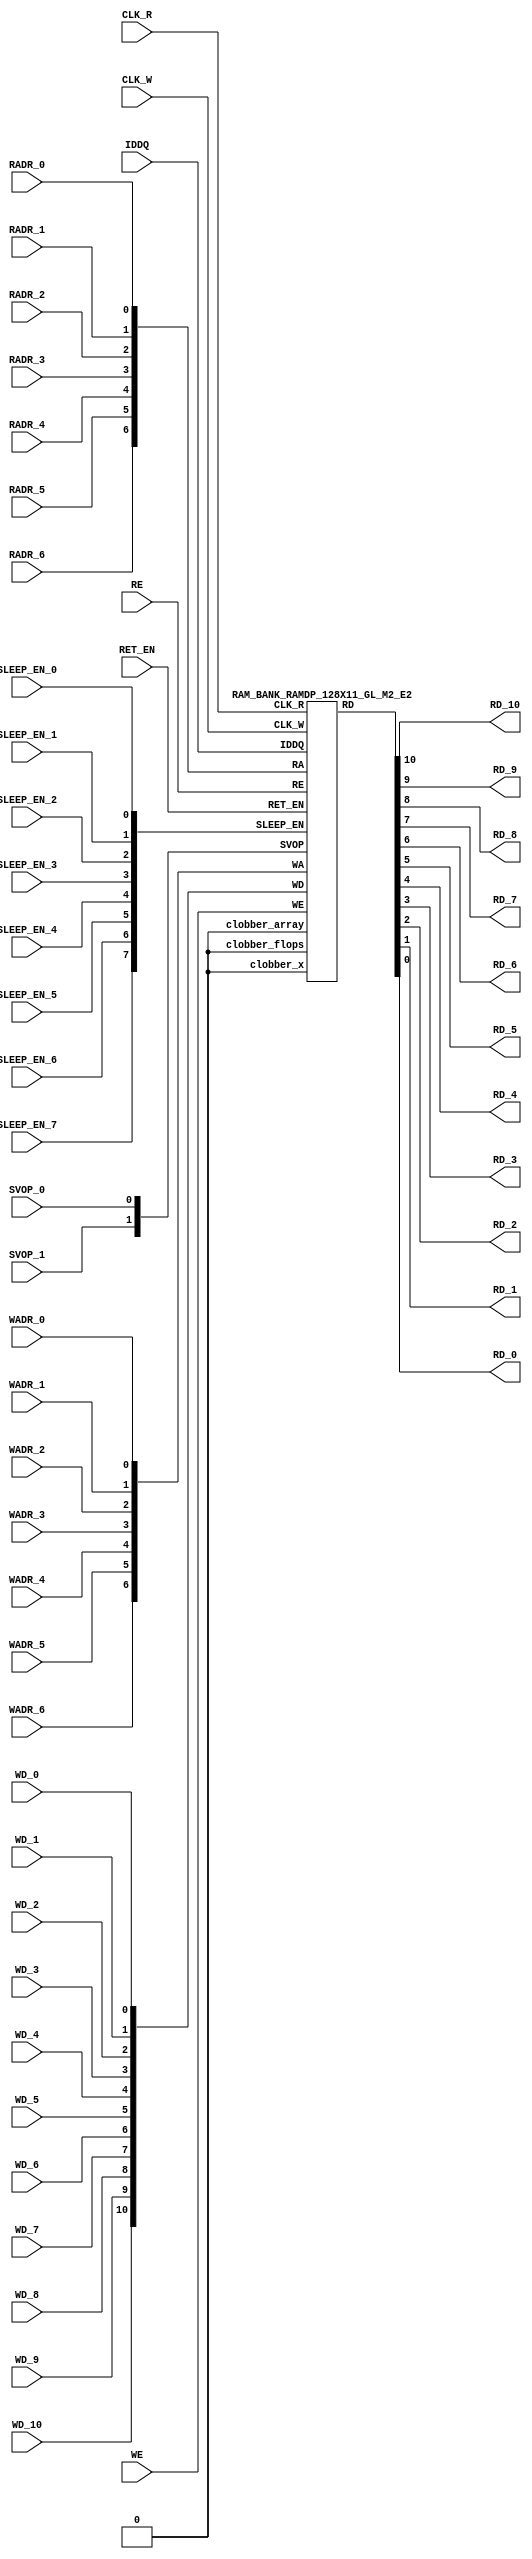
// ================================================================
// NVDLA Open Source Project
// 
// Copyright(c) 2016 - 2017 NVIDIA Corporation.  Licensed under the
// NVDLA Open Hardware License; Check "LICENSE" which comes with 
// this distribution for more information.
// ================================================================


`timescale 10ps/1ps
`celldefine
module RAMDP_128X11_GL_M2_E2 (CLK_R, CLK_W, RE, WE
	, RADR_6, RADR_5, RADR_4, RADR_3, RADR_2, RADR_1, RADR_0
    , WADR_6, WADR_5, WADR_4, WADR_3, WADR_2, WADR_1, WADR_0
	, WD_10, WD_9, WD_8, WD_7, WD_6, WD_5, WD_4, WD_3, WD_2, WD_1, WD_0
	, RD_10, RD_9, RD_8, RD_7, RD_6, RD_5, RD_4, RD_3, RD_2, RD_1, RD_0
    
    , IDDQ
	, SVOP_1, SVOP_0
    , SLEEP_EN_7, SLEEP_EN_6, SLEEP_EN_5, SLEEP_EN_4, SLEEP_EN_3, SLEEP_EN_2, SLEEP_EN_1, SLEEP_EN_0, RET_EN
    
);

// nvProps NoBus SLEEP_EN_

`ifndef RAM_INTERFACE
`ifndef EMULATION
`ifndef SYNTHESIS
// Physical ram size defined as localparam
localparam phy_rows = 64;
localparam phy_cols = 22;
localparam phy_rcols_pos = 22'b0;
`endif //ndef SYNTHESIS
`endif //EMULATION
`endif //ndef RAM_INTERFACE

input CLK_R, CLK_W, RE, WE
	, RADR_6, RADR_5, RADR_4, RADR_3, RADR_2, RADR_1, RADR_0
    , WADR_6, WADR_5, WADR_4, WADR_3, WADR_2, WADR_1, WADR_0
	, WD_10, WD_9, WD_8, WD_7, WD_6, WD_5, WD_4, WD_3, WD_2, WD_1, WD_0
    
    , SLEEP_EN_7, SLEEP_EN_6, SLEEP_EN_5, SLEEP_EN_4, SLEEP_EN_3, SLEEP_EN_2, SLEEP_EN_1, SLEEP_EN_0, RET_EN
    , IDDQ
    
	, SVOP_1, SVOP_0;
output RD_10, RD_9, RD_8, RD_7, RD_6, RD_5, RD_4, RD_3, RD_2, RD_1, RD_0;

	
`ifndef RAM_INTERFACE
	//assemble & rename wires
	wire [6:0] RA = {RADR_6, RADR_5, RADR_4, RADR_3, RADR_2, RADR_1, RADR_0};
	wire [6:0] WA = {WADR_6, WADR_5, WADR_4, WADR_3, WADR_2, WADR_1, WADR_0};
	wire [10:0] WD = {WD_10, WD_9, WD_8, WD_7, WD_6, WD_5, WD_4, WD_3, WD_2, WD_1, WD_0};

	wire [10:0] RD;
	assign {RD_10, RD_9, RD_8, RD_7, RD_6, RD_5, RD_4, RD_3, RD_2, RD_1, RD_0} = RD;
	wire [1:0] SVOP = {SVOP_1, SVOP_0};
    wire [7:0] SLEEP_EN = {SLEEP_EN_7, SLEEP_EN_6, SLEEP_EN_5, SLEEP_EN_4, SLEEP_EN_3, SLEEP_EN_2, SLEEP_EN_1, SLEEP_EN_0};
    

`ifndef EMULATION
`ifndef SYNTHESIS

    //State point clobering signals:
    wire check_x = (SVOP_0 ^ SVOP_1);
    wire clobber_x;
    assign clobber_x = ((check_x === 1'bx) || (check_x === 1'bz)) ? 1'b1 : 1'b0;
    wire clobber_array = ((|SLEEP_EN) & ~RET_EN) | clobber_x;
    wire clobber_flops = (|SLEEP_EN) | clobber_x;
    integer i;
    always  @(clobber_array) begin
      if (clobber_array) begin
    		for (i=0; i<128; i=i+1) begin
    		    ITOP.io.array[i] <= 11'bx;
    		end
      end
    end

//VCS coverage off     
    always  @(clobber_flops) begin
        if (clobber_flops) begin
        ITOP.we_lat <= 1'bx;
        ITOP.wa_lat <= 7'bx;
        ITOP.wd_lat <= 11'bx;
        
        ITOP.re_lat <= 1'bx;
        ITOP.ra_lat <= 7'bx;
        ITOP.io.r0_dout_tmp <= 11'b0;
        end
    end
//VCS coverage on    

//VCS coverage off
`ifdef NV_RAM_ASSERT
    //first reset signal for nv_assert_module:
    reg sim_reset;                                                     
    initial begin: init_sim_reset
        sim_reset = 0;  
        #6 sim_reset = 1;
    end

    reg rst_clk;                                                     
    initial begin: init_rst_clk
        rst_clk = 0; 
        #2 rst_clk = 1; 
        #4 rst_clk = 0;  
    end

    //internal weclk|reclk gating signal:
    wire weclk_gating = ITOP.we_lat & ~IDDQ;
    wire reclk_gating = ITOP.re_lat & ~IDDQ;

  //Assertion checks for power sequence of G-option RAMDP:

    //weclk_gating after 2 clk
    reg weclk_gating_1p, weclk_gating_2p;
    always @(posedge CLK_W) begin
        weclk_gating_1p <= weclk_gating;
        weclk_gating_2p <= weclk_gating_1p;
    end

    //reclk_gating after 2 clk
    reg reclk_gating_1p, reclk_gating_2p;
    always @(posedge CLK_R) begin
        reclk_gating_1p <= reclk_gating;
        reclk_gating_2p <= reclk_gating_1p;
    end
    
    //RET_EN off after 2 CLK_W
    reg ret_en_w_1p, ret_en_w_2p;
    always @(posedge CLK_W or posedge RET_EN) begin
        if(RET_EN) 
            begin
                ret_en_w_1p <= 1'b1;
                ret_en_w_2p <= 1'b1;
            end
        else
            begin
                ret_en_w_1p <= RET_EN;
                ret_en_w_2p <= ret_en_w_1p;
            end
    end

    //RET_EN off after 2 CLK_R
    reg ret_en_r_1p, ret_en_r_2p;
    always @(posedge CLK_R or posedge RET_EN) begin
        if(RET_EN) 
            begin
                ret_en_r_1p <= 1'b1;
                ret_en_r_2p <= 1'b1;
            end
        else
            begin
                ret_en_r_1p <= RET_EN;
                ret_en_r_2p <= ret_en_r_1p;
            end
    end

    wire sleep_en_or = (|SLEEP_EN) ;
    //SLEEP_EN off after 2 CLK_W
    reg sleep_en_off_w_1p, sleep_en_off_w_2p;
    always @(posedge CLK_W or posedge sleep_en_or) begin
        if(sleep_en_or)
            begin
                sleep_en_off_w_1p <= 1'b1;
                sleep_en_off_w_2p <= 1'b1;
            end
        else
            begin
                sleep_en_off_w_1p <= sleep_en_or;
                sleep_en_off_w_2p <= sleep_en_off_w_1p;
            end            
    end

    //SLEEP_EN off after 2 CLK_R
    reg sleep_en_off_r_1p, sleep_en_off_r_2p;
    always @(posedge CLK_R or posedge sleep_en_or) begin
        if(sleep_en_or)
            begin
                sleep_en_off_r_1p <= 1'b1;
                sleep_en_off_r_2p <= 1'b1;
            end
        else
            begin
                sleep_en_off_r_1p <= |sleep_en_or;
                sleep_en_off_r_2p <= sleep_en_off_r_1p;
            end            
    end    


  //#1 From function mode to retention mode:
    
    //Power-S1.1:illegal assert RET_EN after asserting SLEEP_EN 
    wire disable_power_assertion_S1P1 = $test$plusargs("disable_power_assertions_globally") | $test$plusargs("disable_power_assertion_assert_RET_EN_after_SLEEP_EN_on_when_function2retention");
    nv_assert_never #(0,0, "Power-S1.1:illegal assert RET_EN after asserting SLEEP_EN") inst_S1P1 (RET_EN ^ rst_clk, ~disable_power_assertion_S1P1 & sim_reset, (|SLEEP_EN));

    //Power-S1.2:illegal assert RET_EN without 2 nop-CLK
    wire disable_power_assertion_S1P2 = $test$plusargs("disable_power_assertions_globally") | $test$plusargs("disable_power_assertion_assert_RET_EN_without_2_nop_CLK");
    nv_assert_never #(0,0, "Power-S1.2:illegal assert RET_EN without 2 nop-CLK") inst_S1P2 (RET_EN ^ rst_clk, ~disable_power_assertion_S1P2 & sim_reset, weclk_gating | weclk_gating_1p | weclk_gating_2p | reclk_gating | reclk_gating_1p | reclk_gating_2p);

  //#2 From retention mode to function mode:

    //Power-S2.1:illegal write without 2 nop-CLK after de-asserting RET_EN
    wire disable_power_assertion_S2P1 = $test$plusargs("disable_power_assertions_globally") | $test$plusargs("disable_power_assertion_write_without_2_nop_CLK_after_retention2function");
    nv_assert_never #(0,0, "Power-S2.1:illegal write without 2 nop-CLK after de-asserting RET_EN") inst_S2P1 (CLK_W ^ rst_clk, ~disable_power_assertion_S2P1 & sim_reset, ~RET_EN & ret_en_w_2p & weclk_gating);

    //Power-S2.2:illegal read without 2 nop-CLK after de-asserting RET_EN
    wire disable_power_assertion_S2P2 = $test$plusargs("disable_power_assertions_globally") | $test$plusargs("disable_power_assertion_read_without_2_nop_CLK_after_retention2function");
    nv_assert_never #(0,0, "Power-S2.2:illegal read without 2 nop-CLK after de-asserting RET_EN") inst_S2P2 (CLK_R ^ rst_clk, ~disable_power_assertion_S2P2 & sim_reset, ~RET_EN & ret_en_r_2p & reclk_gating);

  //#3 From function mode to sleep mode:

    //Power-S3.2:illegal assert SLEEP_EN without 2 nop-CLK
    wire disable_power_assertion_S3P2 = $test$plusargs("disable_power_assertions_globally") | $test$plusargs("disable_power_assertion_assert_SLEEP_EN_without_2_nop_CLK");
    nv_assert_never #(0,0, "Power-S3.2:illegal assert SLEEP_EN without 2 nop-CLK") inst_S3P2 ((|SLEEP_EN) ^ rst_clk, ~disable_power_assertion_S3P2 & sim_reset, weclk_gating | weclk_gating_1p | weclk_gating_2p | reclk_gating | reclk_gating_1p | reclk_gating_2p);

  //#4 From sleep mode to function mode:

    //Power-S4.1:illegal write without 2 nop-CLK after switching from sleep mode to function mode
    wire disable_power_assertion_S4P1 = $test$plusargs("disable_power_assertions_globally") | $test$plusargs("disable_power_assertion_write_without_2_nop_CLK_after_sleep2function");
    nv_assert_never #(0,0, "Power-S4.1:illegal write without 2 nop-CLK after switching from sleep mode to function mode") inst_S4P1 (CLK_W ^ rst_clk, ~disable_power_assertion_S4P1 & sim_reset, ~(|SLEEP_EN) & sleep_en_off_w_2p & weclk_gating);
   
    //Power-S4.2:illegal read without 2 nop-CLK after switching from sleep mode to function mode
    wire disable_power_assertion_S4P2 = $test$plusargs("disable_power_assertions_globally") | $test$plusargs("disable_power_assertion_read_without_2_nop_after_sleep2function");
    nv_assert_never #(0,0, "Power-S4.2:illegal read without 2 nop-CLK after switching from sleep mode to function mode") inst_S4P2 (CLK_R ^ rst_clk, ~disable_power_assertion_S4P2 & sim_reset, ~(|SLEEP_EN) & sleep_en_off_r_2p & reclk_gating);
`endif //NV_RAM_ASSERT
//VCS coverage on 

`ifdef NV_RAM_EXPAND_ARRAY
  wire [11-1:0] Q_127 = ITOP.io.array[127];
  wire [11-1:0] Q_126 = ITOP.io.array[126];
  wire [11-1:0] Q_125 = ITOP.io.array[125];
  wire [11-1:0] Q_124 = ITOP.io.array[124];
  wire [11-1:0] Q_123 = ITOP.io.array[123];
  wire [11-1:0] Q_122 = ITOP.io.array[122];
  wire [11-1:0] Q_121 = ITOP.io.array[121];
  wire [11-1:0] Q_120 = ITOP.io.array[120];
  wire [11-1:0] Q_119 = ITOP.io.array[119];
  wire [11-1:0] Q_118 = ITOP.io.array[118];
  wire [11-1:0] Q_117 = ITOP.io.array[117];
  wire [11-1:0] Q_116 = ITOP.io.array[116];
  wire [11-1:0] Q_115 = ITOP.io.array[115];
  wire [11-1:0] Q_114 = ITOP.io.array[114];
  wire [11-1:0] Q_113 = ITOP.io.array[113];
  wire [11-1:0] Q_112 = ITOP.io.array[112];
  wire [11-1:0] Q_111 = ITOP.io.array[111];
  wire [11-1:0] Q_110 = ITOP.io.array[110];
  wire [11-1:0] Q_109 = ITOP.io.array[109];
  wire [11-1:0] Q_108 = ITOP.io.array[108];
  wire [11-1:0] Q_107 = ITOP.io.array[107];
  wire [11-1:0] Q_106 = ITOP.io.array[106];
  wire [11-1:0] Q_105 = ITOP.io.array[105];
  wire [11-1:0] Q_104 = ITOP.io.array[104];
  wire [11-1:0] Q_103 = ITOP.io.array[103];
  wire [11-1:0] Q_102 = ITOP.io.array[102];
  wire [11-1:0] Q_101 = ITOP.io.array[101];
  wire [11-1:0] Q_100 = ITOP.io.array[100];
  wire [11-1:0] Q_99 = ITOP.io.array[99];
  wire [11-1:0] Q_98 = ITOP.io.array[98];
  wire [11-1:0] Q_97 = ITOP.io.array[97];
  wire [11-1:0] Q_96 = ITOP.io.array[96];
  wire [11-1:0] Q_95 = ITOP.io.array[95];
  wire [11-1:0] Q_94 = ITOP.io.array[94];
  wire [11-1:0] Q_93 = ITOP.io.array[93];
  wire [11-1:0] Q_92 = ITOP.io.array[92];
  wire [11-1:0] Q_91 = ITOP.io.array[91];
  wire [11-1:0] Q_90 = ITOP.io.array[90];
  wire [11-1:0] Q_89 = ITOP.io.array[89];
  wire [11-1:0] Q_88 = ITOP.io.array[88];
  wire [11-1:0] Q_87 = ITOP.io.array[87];
  wire [11-1:0] Q_86 = ITOP.io.array[86];
  wire [11-1:0] Q_85 = ITOP.io.array[85];
  wire [11-1:0] Q_84 = ITOP.io.array[84];
  wire [11-1:0] Q_83 = ITOP.io.array[83];
  wire [11-1:0] Q_82 = ITOP.io.array[82];
  wire [11-1:0] Q_81 = ITOP.io.array[81];
  wire [11-1:0] Q_80 = ITOP.io.array[80];
  wire [11-1:0] Q_79 = ITOP.io.array[79];
  wire [11-1:0] Q_78 = ITOP.io.array[78];
  wire [11-1:0] Q_77 = ITOP.io.array[77];
  wire [11-1:0] Q_76 = ITOP.io.array[76];
  wire [11-1:0] Q_75 = ITOP.io.array[75];
  wire [11-1:0] Q_74 = ITOP.io.array[74];
  wire [11-1:0] Q_73 = ITOP.io.array[73];
  wire [11-1:0] Q_72 = ITOP.io.array[72];
  wire [11-1:0] Q_71 = ITOP.io.array[71];
  wire [11-1:0] Q_70 = ITOP.io.array[70];
  wire [11-1:0] Q_69 = ITOP.io.array[69];
  wire [11-1:0] Q_68 = ITOP.io.array[68];
  wire [11-1:0] Q_67 = ITOP.io.array[67];
  wire [11-1:0] Q_66 = ITOP.io.array[66];
  wire [11-1:0] Q_65 = ITOP.io.array[65];
  wire [11-1:0] Q_64 = ITOP.io.array[64];
  wire [11-1:0] Q_63 = ITOP.io.array[63];
  wire [11-1:0] Q_62 = ITOP.io.array[62];
  wire [11-1:0] Q_61 = ITOP.io.array[61];
  wire [11-1:0] Q_60 = ITOP.io.array[60];
  wire [11-1:0] Q_59 = ITOP.io.array[59];
  wire [11-1:0] Q_58 = ITOP.io.array[58];
  wire [11-1:0] Q_57 = ITOP.io.array[57];
  wire [11-1:0] Q_56 = ITOP.io.array[56];
  wire [11-1:0] Q_55 = ITOP.io.array[55];
  wire [11-1:0] Q_54 = ITOP.io.array[54];
  wire [11-1:0] Q_53 = ITOP.io.array[53];
  wire [11-1:0] Q_52 = ITOP.io.array[52];
  wire [11-1:0] Q_51 = ITOP.io.array[51];
  wire [11-1:0] Q_50 = ITOP.io.array[50];
  wire [11-1:0] Q_49 = ITOP.io.array[49];
  wire [11-1:0] Q_48 = ITOP.io.array[48];
  wire [11-1:0] Q_47 = ITOP.io.array[47];
  wire [11-1:0] Q_46 = ITOP.io.array[46];
  wire [11-1:0] Q_45 = ITOP.io.array[45];
  wire [11-1:0] Q_44 = ITOP.io.array[44];
  wire [11-1:0] Q_43 = ITOP.io.array[43];
  wire [11-1:0] Q_42 = ITOP.io.array[42];
  wire [11-1:0] Q_41 = ITOP.io.array[41];
  wire [11-1:0] Q_40 = ITOP.io.array[40];
  wire [11-1:0] Q_39 = ITOP.io.array[39];
  wire [11-1:0] Q_38 = ITOP.io.array[38];
  wire [11-1:0] Q_37 = ITOP.io.array[37];
  wire [11-1:0] Q_36 = ITOP.io.array[36];
  wire [11-1:0] Q_35 = ITOP.io.array[35];
  wire [11-1:0] Q_34 = ITOP.io.array[34];
  wire [11-1:0] Q_33 = ITOP.io.array[33];
  wire [11-1:0] Q_32 = ITOP.io.array[32];
  wire [11-1:0] Q_31 = ITOP.io.array[31];
  wire [11-1:0] Q_30 = ITOP.io.array[30];
  wire [11-1:0] Q_29 = ITOP.io.array[29];
  wire [11-1:0] Q_28 = ITOP.io.array[28];
  wire [11-1:0] Q_27 = ITOP.io.array[27];
  wire [11-1:0] Q_26 = ITOP.io.array[26];
  wire [11-1:0] Q_25 = ITOP.io.array[25];
  wire [11-1:0] Q_24 = ITOP.io.array[24];
  wire [11-1:0] Q_23 = ITOP.io.array[23];
  wire [11-1:0] Q_22 = ITOP.io.array[22];
  wire [11-1:0] Q_21 = ITOP.io.array[21];
  wire [11-1:0] Q_20 = ITOP.io.array[20];
  wire [11-1:0] Q_19 = ITOP.io.array[19];
  wire [11-1:0] Q_18 = ITOP.io.array[18];
  wire [11-1:0] Q_17 = ITOP.io.array[17];
  wire [11-1:0] Q_16 = ITOP.io.array[16];
  wire [11-1:0] Q_15 = ITOP.io.array[15];
  wire [11-1:0] Q_14 = ITOP.io.array[14];
  wire [11-1:0] Q_13 = ITOP.io.array[13];
  wire [11-1:0] Q_12 = ITOP.io.array[12];
  wire [11-1:0] Q_11 = ITOP.io.array[11];
  wire [11-1:0] Q_10 = ITOP.io.array[10];
  wire [11-1:0] Q_9 = ITOP.io.array[9];
  wire [11-1:0] Q_8 = ITOP.io.array[8];
  wire [11-1:0] Q_7 = ITOP.io.array[7];
  wire [11-1:0] Q_6 = ITOP.io.array[6];
  wire [11-1:0] Q_5 = ITOP.io.array[5];
  wire [11-1:0] Q_4 = ITOP.io.array[4];
  wire [11-1:0] Q_3 = ITOP.io.array[3];
  wire [11-1:0] Q_2 = ITOP.io.array[2];
  wire [11-1:0] Q_1 = ITOP.io.array[1];
  wire [11-1:0] Q_0 = ITOP.io.array[0];

`endif //def NV_RAM_EXPAND_ARRAY

//VCS coverage off
`ifdef MONITOR
task monitor_on;
    begin
        ITOP.io.monitor_on = 1'b1;
    end
endtask

task monitor_off;
    begin
        ITOP.io.monitor_on = 1'b0;
        ITOP.io.dump_monitor_result = 1'b1;
    end
endtask
`endif//def MONITOR
//VCS coverage on

//VCS coverage off
task mem_fill_value;
input fill_bit;
integer i;
begin
    for (i=0; i<128; i=i+1) begin
    	ITOP.io.array[i] = {11{fill_bit}};
    end
end
endtask 

task mem_fill_random; 
integer i;
integer j;
reg [10:0] val;
begin
    for (j=0; j<128; j=j+1) begin
        for (i=0; i<11; i=i+1) begin
            val[i] = {$random}; 
        end
	    ITOP.io.array[j] = val;
    end
end
endtask

task mem_write;
  input [6:0] addr;
  input [10:0] data;
  begin
     ITOP.io.mem_wr_raw(addr,data);
  end
endtask

function [10:0] mem_read;
  input [6:0] addr;
  begin
	mem_read = ITOP.io.mem_read_raw(addr);
  end
endfunction

task force_rd;
  input [6:0] addr;
  begin
	ITOP.io.r0_dout_tmp = ITOP.io.array[addr];
  end
endtask

`ifdef MEM_PHYS_INFO
task mem_phys_write;
  input [6-1:0] addr;
  input [21:0] data;
  reg [10:0] wd0, wd1;
  integer i;
  begin
  	for (i=0; i<11; i=i+1) begin
  		wd0[i] = data[i*2];
  		wd1[i] = data[i*2+1];
  	end
  	ITOP.io.mem_wr_raw({addr[6-1:0], 1'b0}, wd0);
  	ITOP.io.mem_wr_raw({addr[6-1:0], 1'b1}, wd1);
  end
endtask

function [21:0] mem_phys_read_padr;
   input [6-1:0] addr;
   reg [21:0] data;
   reg [10:0] rd0, rd1;
   integer i;
   begin
     rd0 = ITOP.io.mem_read_raw({addr[6-1:0], 1'b0});
     rd1 = ITOP.io.mem_read_raw({addr[6-1:0], 1'b1});
     for (i=0; i<=10; i=i+1) begin
	    data[i*2]   = rd0[i];
	    data[i*2+1] = rd1[i];
    end
    mem_phys_read_padr = data;
  end
endfunction

function [6-1:0] mem_log_to_phys_adr;
    input [6:0] addr;
    begin
    mem_log_to_phys_adr = addr[6:1];
    end
endfunction

function [21:0] mem_phys_read_pmasked;
   input [6:0] addr;
   reg [21:0] data;
   reg [10:0] rd0, rd1;
   integer i;
   begin
      case (addr[0])
           1'b0: begin
                     rd0 = ITOP.io.mem_read_raw(addr);
                     rd1 = 11'bx;
                  end
           1'b1: begin
                     rd0 = 11'bx;
                     rd1 = ITOP.io.mem_read_raw(addr);
                  end

      endcase
      for (i=0; i<=10; i=i+1) begin
	      data[i*2]   = rd0[i];
	      data[i*2+1] = rd1[i];
      end
      mem_phys_read_pmasked = data;
  end
endfunction

function [21:0] mem_phys_read_ladr;
  input [6:0] addr;
  begin
	mem_phys_read_ladr = mem_phys_read_padr(mem_log_to_phys_adr(addr));
  end
endfunction
`endif //def MEM_PHYS_INFO

`ifdef FAULT_INJECTION
task mem_fault_no_write;
  input [10:0] fault_mask;
   begin
    ITOP.io.mem_fault_no_write(fault_mask);
  end
endtask

task mem_fault_stuck_0;
  input [10:0] fault_mask;
  integer i;
   begin
    ITOP.io.mem_fault_stuck_0(fault_mask);
   end
endtask

task mem_fault_stuck_1;
  input [10:0] fault_mask;
  integer i;
   begin
    ITOP.io.mem_fault_stuck_1(fault_mask);
  end
endtask

task set_bit_fault_stuck_0;
  input r;
  input c;
  integer r;
  integer c;
    ITOP.io.set_bit_fault_stuck_0(r,c);
endtask

task set_bit_fault_stuck_1;
  input r;
  input c;
  integer r;
  integer c;
    ITOP.io.set_bit_fault_stuck_1(r,c);
endtask

task clear_bit_fault_stuck_0;
  input r;
  input c;
  integer r;
  integer c;
    ITOP.io.clear_bit_fault_stuck_0(r,c);
endtask

task clear_bit_fault_stuck_1;
  input r;
  input c;
  integer r;
  integer c;
    ITOP.io.clear_bit_fault_stuck_1(r,c);
endtask
//VCS coverage on

`endif //def FAULT_INJECTION
`else //def SYNTHESIS
    
    wire clobber_x;
    assign clobber_x = 1'b0;
    wire clobber_array = 1'b0;
    wire clobber_flops = 1'b0;

`endif //ndef SYNTHESIS

	//instantiate memory bank
	RAM_BANK_RAMDP_128X11_GL_M2_E2 ITOP (
		.RE(RE), 
		.WE(WE), 
		.RA(RA),  
		.WA(WA), 
		.CLK_R(CLK_R), 
		.CLK_W(CLK_W), 
		.IDDQ(IDDQ), 
		.SVOP(SVOP), 
		.WD(WD), 
		.RD(RD),
		
		.SLEEP_EN(SLEEP_EN),
        .RET_EN(RET_EN),
        .clobber_flops(clobber_flops), 
        .clobber_array(clobber_array),
        .clobber_x(clobber_x)     	
	);

//VCS coverage off
`else //def EMULATION
    // Simple emulation model without MBIST, SCAN or REDUNDANCY
    	//common part for write
    	reg we_ff;
        reg [6:0] wa_ff;
        reg [10:0] wd_ff; 
    	always @(posedge CLK_W) begin // spyglass disable W391
                we_ff  <= WE;
                wa_ff <= WA;
                wd_ff <= WD;
    	end
    	   
        

    	//common part for read
    	reg re_lat;
        always @(*) begin
    		if (!CLK_R) begin
                re_lat  <= RE; // spyglass disable W18
    		end
    	end
    	
    	wire reclk = CLK_R & re_lat;
    
    	reg [6:0] ra_ff;
    	always @(posedge CLK_R) begin // spyglass disable W391
    			ra_ff <= RA;
    	end

        reg [10:0] dout; 

        assign RD = dout;
    
 	    //memory array       
	    reg [10:0] array[0:127]; 
	    always @(negedge CLK_W ) begin
            if (we_ff) begin
	    		array[wa_ff] <= wd_ff; // spyglass disable SYNTH_5130
            end
	    end
	    always @(*) begin
	    	if (reclk) begin
	    		dout <= array[ra_ff]; // spyglass disable SYNTH_5130, W18
	    	end
	    end
    // End of the simple emulation model
`endif //def EMULATION
//VCS coverage on

`endif //ndef RAM_INTERFACE
endmodule
`endcelldefine






/////////////////////////////////////////////////////////////////////////////////////////////////////////////////////////////////
/////////////////////////////// memory bank block : defines internal logic of the RAMDP /////////////////////////////////////////
/////////////////////////////////////////////////////////////////////////////////////////////////////////////////////////////////

`ifndef RAM_INTERFACE
`ifndef EMULATION
module RAM_BANK_RAMDP_128X11_GL_M2_E2 (RE, WE, RA, WA, CLK_R, CLK_W, IDDQ, SVOP, WD, RD, SLEEP_EN, RET_EN, clobber_flops, clobber_array, clobber_x
);


input RET_EN;
input RE, WE, CLK_R, CLK_W, IDDQ;
input [6:0] RA, WA;
input [10:0] WD;
input [1:0] SVOP;
input [7:0] SLEEP_EN;
input clobber_flops, clobber_array, clobber_x;
output [10:0] RD;

//State point clobering signals:

    wire output_valid = ~(clobber_x | (|SLEEP_EN));
    wire clamp_o = SLEEP_EN[7] | RET_EN;

	//common part for write
    wire clk_w_iddq = CLK_W & ~IDDQ & ~clamp_o;
	reg we_lat;
	always @(*) begin
		if (!clk_w_iddq & !clobber_flops) begin
			we_lat  <=  WE; // spyglass disable W18, IntClock
		end
	end

    // weclk with posedge 1 dly | negedge 2 dly	
    wire weclk, weclk_d0, weclk_d1, weclk_d2;
    assign weclk_d0 = clk_w_iddq & we_lat & ~clobber_flops & ~clobber_array;
    assign #1 weclk_d1 = weclk_d0;
    assign #1 weclk_d2 = weclk_d1;
    assign weclk = weclk_d1 | weclk_d2; // spyglass disable GatedClock

    // wadclk with posedge 0 dly | negedge 3 dly	
    wire wadclk, wadclk_d0, wadclk_d1, wadclk_d2, wadclk_d3;
    assign wadclk_d0 = clk_w_iddq & we_lat;
    assign #1 wadclk_d1 = wadclk_d0;
    assign #1 wadclk_d2 = wadclk_d1;
    assign #1 wadclk_d3 = wadclk_d2;
    assign wadclk = wadclk_d0 | wadclk_d1 | wadclk_d2 | wadclk_d3;  

    // wdclk with posedge 0 dly | negedge 3 dly
    wire wdclk, wdclk_d0, wdclk_d1, wdclk_d2, wdclk_d3;
    assign wdclk_d0 = clk_w_iddq & we_lat;
    assign #1 wdclk_d1 = wdclk_d0;
    assign #1 wdclk_d2 = wdclk_d1;
    assign #1 wdclk_d3 = wdclk_d2;
    assign wdclk = wdclk_d0 | wdclk_d1 | wdclk_d2 | wdclk_d3;  

    reg [6:0] wa_lat;
	always @(*) begin
		if (!wadclk & !clobber_flops) begin
			wa_lat  <=  WA; // spyglass disable W18, IntClock
		end
	end

	reg [10:0] wd_lat;
	always @(*) begin
		if (!wdclk & !clobber_flops) begin
			wd_lat  <= WD; // spyglass disable W18, IntClock
		end
	end

	//common part for read
	reg re_lat;
	always @(*) begin
		if (!CLK_R & !clobber_flops) begin
			re_lat <=  RE; // spyglass disable W18, IntClock
		end
	end

    // reclk with posedge 1 dly | negedge 0 dly
    wire reclk, reclk_d0, reclk_d1;
    assign reclk_d0 = CLK_R & ~IDDQ & re_lat & ~clamp_o;
    assign #1 reclk_d1 = reclk_d0;
    assign reclk = reclk_d0 & reclk_d1; // spyglass disable GatedClock

    // radclk with posedge 0 dly | negedge 1 dly
    wire radclk, radclk_d0, radclk_d1;
    assign radclk_d0 = CLK_R & ~IDDQ & re_lat & ~clamp_o;
    assign #1 radclk_d1 = radclk_d0;
    assign radclk = radclk_d0 | radclk_d1;  

	reg [6:0] ra_lat;
	always @(*) begin
		if (!radclk & !clobber_flops) begin
			ra_lat <=  RA; // spyglass disable W18, IntClock
		end
	end
	
	wire [10:0] dout;
	assign RD = clamp_o ? 11'b0 : (output_valid ? dout : 11'bx); //spyglass disable STARC-2.10.1.6


	//for E-option RAM


	vram_RAMDP_128X11_GL_M2_E2 # (128, 11, 7) io (
		.w0_addr(wa_lat),
		.w0_clk(weclk),
		.w0_bwe({11{1'b1}}),
		.w0_din(wd_lat),
		.r0_addr(ra_lat),
		.r0_clk(reclk),
		.r0_dout(dout),
        .clamp_o(clamp_o)
	);

endmodule
`endif //ndef EMULATION
`endif //ndef RAM_INTERFACE








/////////////////////////////////////////////////////////////////////////////////////////////////////////////////////////////////
///////////////////////////////  ram primitive : defines 2D behavioral memory array of the RAMDP ////////////////////////////////
/////////////////////////////////////////////////////////////////////////////////////////////////////////////////////////////////

`ifndef RAM_INTERFACE
`ifndef EMULATION
module vram_RAMDP_128X11_GL_M2_E2 (
	w0_addr,
	w0_clk,
	w0_bwe,
	w0_din,
	r0_addr,
	r0_clk,
	r0_dout,
    clamp_o
);

parameter words = 128;
parameter bits = 11;
parameter addrs = 7;


input [addrs-1:0] w0_addr;
input w0_clk;
input [bits-1:0] w0_din;
input [bits-1:0] w0_bwe;
input [addrs-1:0] r0_addr;
input r0_clk;
input clamp_o;
output [bits-1:0] r0_dout;

integer a;

`ifndef SYNTHESIS
`ifdef FAULT_INJECTION
	// regs for inducing faults
	reg [bits-1:0] fault_no_write; // block writes to this column
	reg [bits-1:0] fault_stuck_0;  // column always reads as 0
	reg [bits-1:0] fault_stuck_1;  // column always reads as 1
	reg [bits-1:0] bit_fault_stuck_0[0:words-1];  // column always reads as 0
	reg [bits-1:0] bit_fault_stuck_1[0:words-1];  // column always reads as 1
	
	initial begin : init_bit_fault_stuck
	  integer i;
	  integer j;
	  fault_no_write = {bits{1'b0}};
	  fault_stuck_0  = {bits{1'b0}};
	  fault_stuck_1  = {bits{1'b0}};
	  for (i=0; i<=words; i=i+1) begin
	      bit_fault_stuck_0[i] = {bits{1'b0}};
	      bit_fault_stuck_1[i] = {bits{1'b0}};
	  end
	end
`endif //def FAULT_INJECTION

`ifdef MONITOR
//VCS coverage off
// monitor variables
reg monitor_on;
reg dump_monitor_result;
// this monitors coverage including redundancy cols
// 1'bx = not accessed
// 1'b0 = accessed as a 0
// 1'b1 = accessed as a 1
// 1'bz = accessed as both 0 and 1
reg [bits-1:0] bit_written[0:words-1];
reg [bits-1:0] bit_read[0:words-1];

initial begin : init_monitor
  monitor_on = 1'b0; 
  dump_monitor_result = 1'b0;
  for(a=0;a<words;a=a+1) begin
      bit_written[a] = {bits{1'bx}};
      bit_read[a] = {bits{1'bx}};
  end
end

always @(dump_monitor_result) begin : dump_monitor
    integer r;
	integer c;
    integer b;
	reg [22-1:0] tmp_row;
    	if (dump_monitor_result == 1'b1) begin
		    $display("Exercised coverage summary:");
		    $display("\t%m bits not written as 0:");
		    for (r=0; r<64; r=r+1) begin
		        for (b=0; b<bits; b=b+1) begin
                        tmp_row[b*2+0] = bit_written[r*2+0][b];
                        tmp_row[b*2+1] = bit_written[r*2+1][b];
                    end
		    	for (c=0; c<22; c=c+1) begin
		    		if (tmp_row[c] !== 1'b0 && tmp_row[c] !== 1'bz) $display("\t\t[row,col] [%d,%d]", r, c);
		    	end
		    end
            $display("\t%m bits not written as 1:");
		    for (r=0; r<64; r=r+1) begin
		        for (b=0; b<bits; b=b+1) begin
                        tmp_row[b*2+0] = bit_written[r*2+0][b];
                        tmp_row[b*2+1] = bit_written[r*2+1][b];
                    end
		    	for (c=0; c<22; c=c+1) begin
		    		if (tmp_row[c] !== 1'b1 && tmp_row[c] !== 1'bz) $display("\t\t[row,col] [%d,%d]", r, c);
		    	end
		    end
		    $display("\t%m bits not read as 0:");
		    for (r=0; r<64; r=r+1) begin
		        for (b=0; b<bits; b=b+1) begin
                        tmp_row[b*2+0] = bit_read[r*2+0][b];
                        tmp_row[b*2+1] = bit_read[r*2+1][b];
                    end
		    	for (c=0; c<22; c=c+1) begin
		    		if (tmp_row[c] !== 1'b0 && tmp_row[c] !== 1'bz) $display("\t\t[row,col] [%d,%d]", r, c);
		    	end
		    end
		    $display("\t%m bits not read as 1:");
		    for (r=0; r<64; r=r+1) begin
		        for (b=0; b<bits; b=b+1) begin
                        tmp_row[b*2+0] = bit_read[r*2+0][b];
                        tmp_row[b*2+1] = bit_read[r*2+1][b];
                    end
		    	for (c=0; c<22; c=c+1) begin
		    		if (tmp_row[c] !== 1'b1 && tmp_row[c] !== 1'bz) $display("\t\t[row,col] [%d,%d]", r, c);
		    	end
		    end
        end
	dump_monitor_result = 1'b0;
end
//VCS coverage on
`endif //MONITOR
`endif //ndef SYNTHESIS
	
	//memory array
	reg [bits-1:0] array[0:words-1];  

// Bit write enable
`ifndef SYNTHESIS 
    `ifdef FAULT_INJECTION
        wire [bits-1:0] bwe_with_fault = w0_bwe & ~fault_no_write;
        wire [bits-1:0] re_with_fault = ~(bit_fault_stuck_1[r0_addr] | bit_fault_stuck_0[r0_addr]);
    `else
        wire [bits-1:0] bwe_with_fault = w0_bwe;
        wire [bits-1:0] re_with_fault = {bits{1'b1}};
    `endif //def FAULT_INJECTION
`else
    wire [bits-1:0] bwe_with_fault = w0_bwe;
`endif //SYNTHESIS

	//write function
    wire [bits-1:0] bitclk = {bits{w0_clk}} & bwe_with_fault;
    genvar idx;
    generate
        for (idx=0; idx<bits; idx=idx+1)
        begin : write
            always @(bitclk[idx] or w0_clk or w0_addr or w0_din[idx])
            begin
                if (bitclk[idx] && w0_clk)
                begin
                    array[w0_addr][idx] <= w0_din[idx]; // spyglass disable SYNTH_5130, W18
                    `ifndef SYNTHESIS
                    `ifdef MONITOR
//VCS coverage off
                    if (monitor_on) begin 
	    				case (bit_written[w0_addr][idx])
	    				    1'bx: bit_written[w0_addr][idx] = w0_din[idx];
	    				    1'b0: bit_written[w0_addr][idx] = w0_din[idx] == 1 ? 1'bz : 1'b0;
	    				    1'b1: bit_written[w0_addr][idx] = w0_din[idx] == 0 ? 1'bz : 1'b1;
	    				    1'bz: bit_written[w0_addr][idx] = 1'bz;
	    				endcase
                    end   
//VCS coverage on
                    `endif //MONITOR	    
                    `endif //SYNTHESIS	
                end
            end
        end
    endgenerate

	//read function
	wire [bits-1:0] r0_arr;
`ifndef SYNTHESIS
    `ifdef FAULT_INJECTION
	    assign r0_arr = (array[r0_addr] | bit_fault_stuck_1[r0_addr]) & ~bit_fault_stuck_0[r0_addr]; //read fault injection
    `else
	    assign r0_arr = array[r0_addr]; 
    `endif //def FAULT_INJECTION
`else
    assign r0_arr = array[r0_addr]; // spyglass disable SYNTH_5130
`endif //def SYNTHESIS


    wire r0_clk_d0p1, r0_clk_read, r0_clk_reset_collision;
    assign #0.1 r0_clk_d0p1 = r0_clk;
    assign r0_clk_read = r0_clk_d0p1 & r0_clk; // spyglass disable GatedClock
    assign r0_clk_reset_collision = r0_clk | r0_clk_d0p1; // spyglass disable W402b

`ifndef SYNTHESIS
`ifdef MONITOR
//VCS coverage off 
    always @(r0_clk_read) begin
        if (monitor_on) begin
            for (a=0; a<bits; a=a+1) begin
	            if (re_with_fault[a] && r0_clk_read) begin
	                case (bit_read[r0_addr][a])
			            1'bx: bit_read[r0_addr][a] = array[r0_addr][a];
				        1'b0: bit_read[r0_addr][a] = array[r0_addr][a] == 1 ? 1'bz : 1'b0;
				        1'b1: bit_read[r0_addr][a] = array[r0_addr][a] == 0 ? 1'bz : 1'b1;
				        1'bz: bit_read[r0_addr][a] = 1'bz;
		            endcase
	            end
	        end
        end
    end
//VCS coverage on
`endif //MONITOR
`endif //SYNTHESIS

	reg [bits-1:0] collision_ff;
    wire [bits-1:0] collision_ff_clk =  {bits{w0_clk}} & {bits{r0_clk_read}} & {bits{r0_addr==w0_addr}} & bwe_with_fault; //spyglass disable GatedClock
    genvar bw;
    generate
        for (bw=0; bw<bits; bw=bw+1) 
        begin : collision
	        always @(posedge collision_ff_clk[bw] or negedge r0_clk_reset_collision) begin
                if (!r0_clk_reset_collision) 
                    begin
                        collision_ff[bw] <= 1'b0;
                    end
                else
                    begin
                        collision_ff[bw] <= 1'b1;
                    end
            end
        end
    endgenerate

	reg [bits-1:0] r0_dout_tmp;
	always @(*)
	begin
	    if (r0_clk_read) begin
            for (a=0; a<bits; a=a+1) begin
                r0_dout_tmp[a] <= ( collision_ff[a] | (r0_addr==w0_addr & w0_clk & bwe_with_fault[a]) ) ? 1'bx : r0_arr[a] & ~clamp_o; //spyglass disable STARC-2.10.1.6, W18
            end
        end
    end
    wire [bits-1:0] r0_dout = r0_dout_tmp & {bits{~clamp_o}};

`ifndef SYNTHESIS
//VCS coverage off
task mem_wr_raw;
  input [addrs-1:0] addr;
  input [bits-1:0] data;
  begin
    array[addr] = data;
  end
endtask

function [bits-1:0] mem_read_raw;
input [addrs-1:0] addr;
	mem_read_raw = array[addr];
endfunction

`ifdef FAULT_INJECTION
// induce faults on columns
task mem_fault_no_write;
  input [bits-1:0] fault_mask;
   begin
    fault_no_write = fault_mask;
  end
endtask

task mem_fault_stuck_0;
  input [bits-1:0] fault_mask;
  integer i;
   begin
    for ( i=0; i<words; i=i+1 ) begin
      bit_fault_stuck_0[i] = fault_mask;
    end
  end
endtask

task mem_fault_stuck_1;
  input [bits-1:0] fault_mask;
  integer i;
   begin
    for ( i=0; i<words; i=i+1 ) begin
      bit_fault_stuck_1[i] = fault_mask;
    end
  end
endtask

task set_bit_fault_stuck_0;
  input r;
  input c;
  integer r;
  integer c;
  bit_fault_stuck_0[r][c] = 1;
endtask

task set_bit_fault_stuck_1;
  input r;
  input c;
  integer r;
  integer c;
  bit_fault_stuck_1[r][c] = 1;
endtask

task clear_bit_fault_stuck_0;
  input r;
  input c;
  integer r;
  integer c;
  bit_fault_stuck_0[r][c] = 0;
endtask

task clear_bit_fault_stuck_1;
  input r;
  input c;
  integer r;
  integer c;
  bit_fault_stuck_1[r][c] = 0;
endtask
//VCS coverage on
`endif //def FAULT_INJECTION
`endif //ndef SYNTHESIS

endmodule
`endif //ndef EMULATION
`endif //ndef RAM_INTERFACE